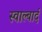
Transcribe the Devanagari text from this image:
स्वाल्बार्द